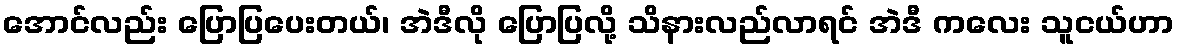
အောင်လည်း ပြောပြပေးတယ်၊ အဲဒီလို ပြောပြလို့ သိနားလည်လာရင် အဲဒီ ကလေး သူငယ်ဟာ